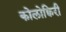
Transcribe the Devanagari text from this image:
कोलोक्विरी